Civil Veterinary Dept. North-West Frontier Province 1933-46 - 1933-1946
Year: 1933
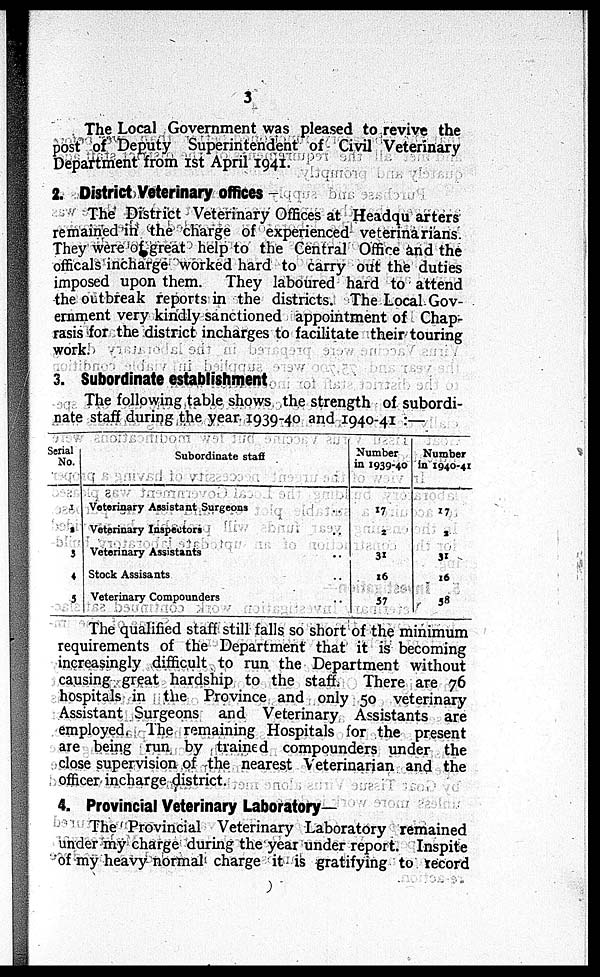
3
The Local Government was pleased to revive the
post of Deputy Superintendent of Civil Veterinary
Department from 1st April 1941.
2. District Veterinary offices -
The District Veterinary Offices at Headqu arters
remained in the charge of experienced veterinarians.
They were of great help to the Central Office and the
officals incharge worked hard to carry out the duties
imposed upon them. They laboured hard to attend
the outbreak reports in the districts. The Local Gov-
ernment very kindly sanctioned appointment of Chap-
rasis for the district incharges to facilitate their touring
work.
3. Subordinate establishment
The following table shows the strength of subordi-
nate staff during the year 1939-40 and 1940-41 :—
Serial
No.
1
1
3
4
5
Subordinate staff
Veterinary Assistant Surgeons
Veterinary Inspectors
Veterinary Assistants
Stock Assisants
Veterinary Compounders
Number
in 1939-40
17
2
31
16
57
Number
in 1940-41
17
2
31
16
58
The qualified staff still falls so short of the minimum
requirements of the Department that it is becoming
increasingly difficult to run the Department without
causing great hardship to the staff. There are 76
hospitals in the Province and only 50 veterinary
Assistant Surgeons and Veterinary Assistants are
employed, The remaining Hospitals for the present
are being run by trained compounders under the
close supervision of the nearest Veterinarian and the
officer incharge district.
4. Provincial Veterinary Laboratory—
The Provincial Veterinary Laboratory remained
under my charge during the year under report. Inspite
of my heavy normal charge it is gratifying to record